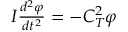
\begin{array} { r } { I \frac { d ^ { 2 } \varphi } { d t ^ { 2 } } = - C _ { T } ^ { 2 } \varphi } \end{array}